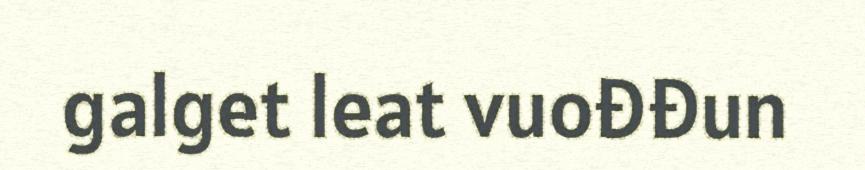
galget leat vuođđun